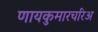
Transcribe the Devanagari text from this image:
णायकुमारचरिअ